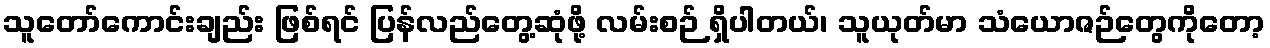
သူတော်ကောင်းချည်း ဖြစ်ရင် ပြန်လည်တွေ့ဆုံဖို့ လမ်းစဉ် ရှိပါတယ်၊ သူယုတ်မာ သံယောဇဉ်တွေကိုတော့